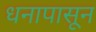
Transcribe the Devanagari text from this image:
धनापासून